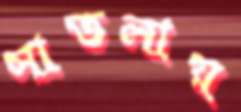
সাতলায়